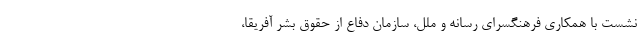
نشست با همکاری فرهنگسرای رسانه و ملل، سازمان دفاع از حقوق بشر آفریقا،